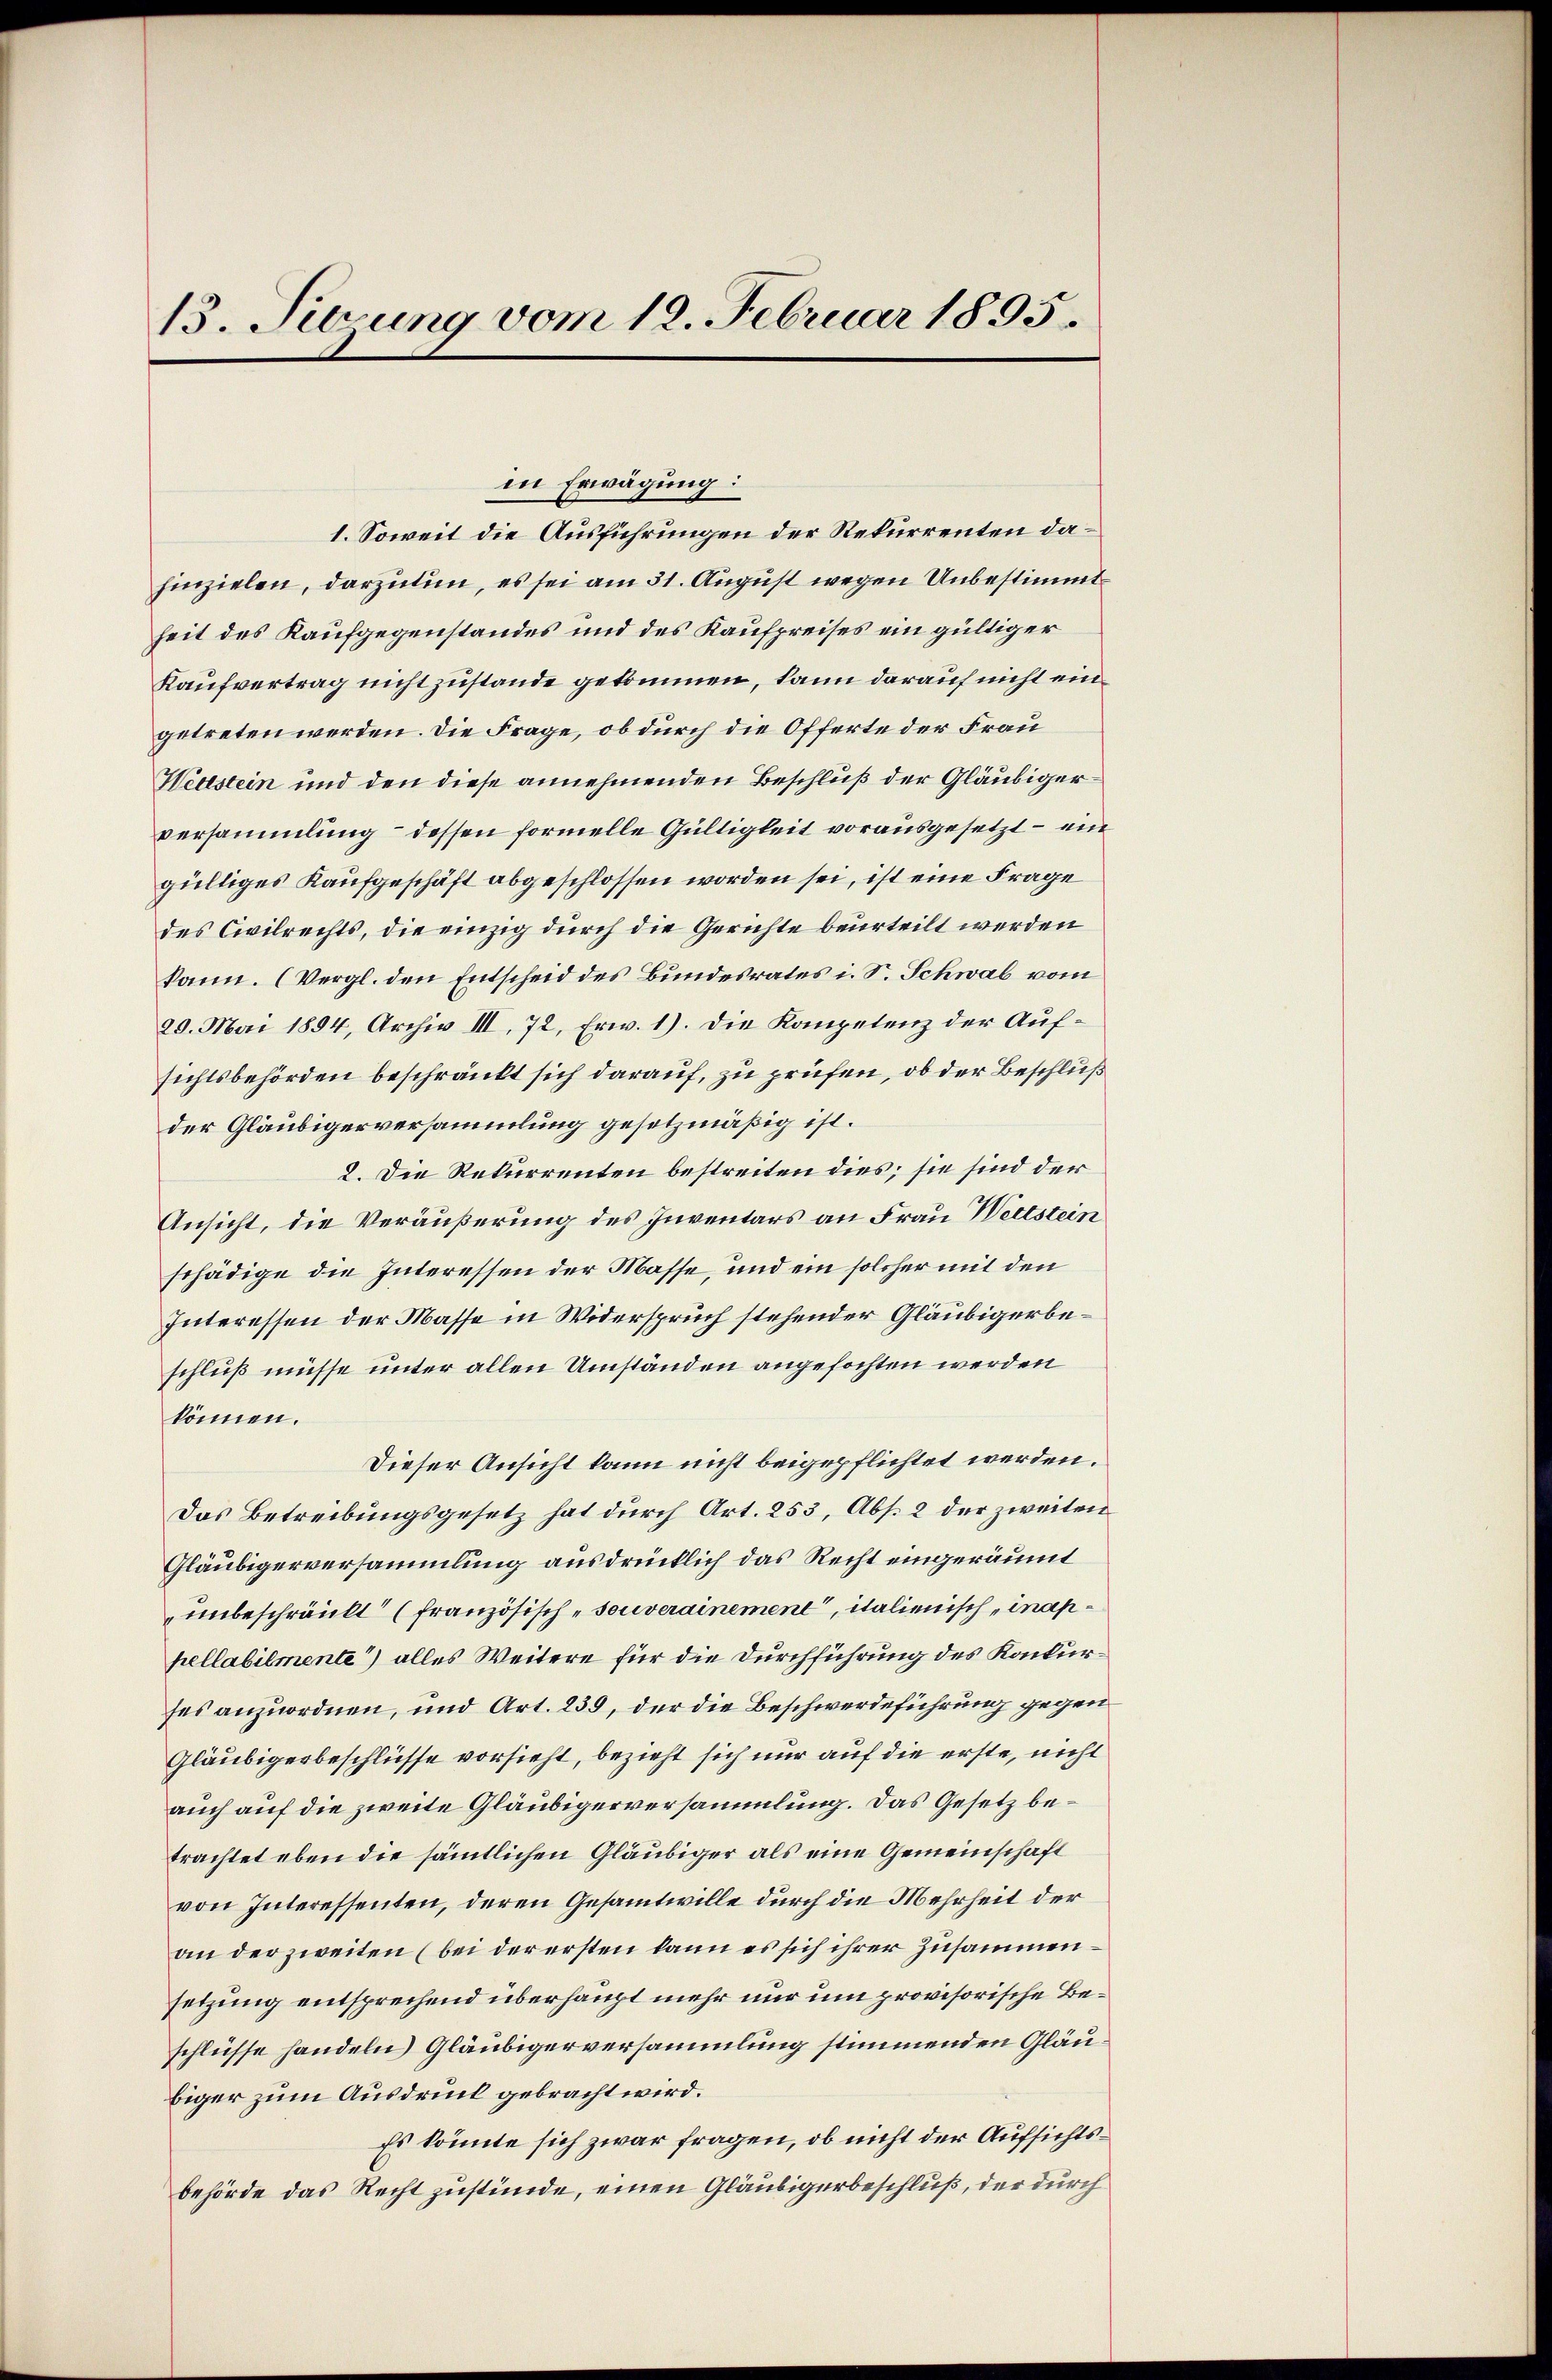
in Erwägung:
1. Soweit die Ausführungen der Rekurrenten dahinzielen, darzutun, es sei am 31. August wegen Unbestimmt
heit des Kaufgegenstandes und des Kaufpreises ein gültiger
Kaufvertrag nicht zustande gekommen, kann darauf nicht eingetreten werden. Die Frage, ob durch die Offerte der Frau
Webstein und den diese annehmenden Beschluß der Gläubiger
versammlung dessen formelle Gültigkeit vorausgesetzt – ein
gültiges Kaufgeschäft abgeschlossen worden sei, ist eine Frage
des Civilrechts, die einzig durch die Gerichte beurteilt werden
kann. (Vergl. den Entscheid des Bundesrates i. S. Schwab vom
29. Mai 1854, Archiv III, 72, Erw. 1). Die Kompetenz der Aufsichtsbehörden beschränkt sich darauf, zu prüfen, ob der Beschluß
der Gläubigerversammlung gesetzmäßig ist.
2. Die Rekurrenten bestreiten dies; sie sind der
Ansicht, die Veräußerung des Inventars an Frau Wettstein
schädige die Interessen der Masse, und ein solcher mit den
Interessen der Masse in Widerspruch stehender Gläubigerbeschluß müsse unter allen Umständen angefochten werden
können.
Dieser Ansicht kann nicht beigepflichtet werden.
Das Betreibungsgesetz hat durch Art. 253, Abs. 2 der zweiten
Gläubigerversammlung ausdrücklich das Recht eingeräumt
unbeschränkt (französisch-souverainement, italienisch „inappellabilmente) alles Weitere für die Durchführung des Konkurses anzuordnen, und Art. 239, der die Beschwerdeführung gegen
Gläubigerbeschlüsse vorsieht, bezieht sich nur auf die erste, nicht
auch auf die zweite Gläubigerversammlung. Das Gesetz betrachtet eben die sämmtlichen Gläubiger als eine Gemeinschaft
von Interessenten, deren Gesammtwille durch die Mehrheit der
an der zweiten (bei der ersten kann es sich ihrer Zusammensetzung entsprechend überhaupt mehr nur um provisorische Beschlüsse handeln) Gläubigerversammlung stimmenden Gläubiger zum Ausdruck gebracht wird.
Es könnte sich zwar fragen, ob nicht der Aufsichtsbehörde das Recht zustünde, einen Gläubigerbeschluß, der durch

13. Sierung vom 12. Februar 1895.